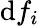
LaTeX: \mathrm{d}f_{i}